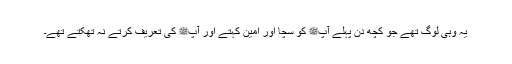
یہ وہی لوگ تھے جو کچھ دن پہلے آپﷺ کو سچا اور امین کہتے اور آپﷺ کی تعریف کرتے نہ تھکتے تھے۔